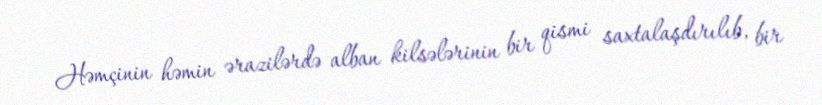
Həmçinin həmin ərazilərdə alban kilsələrinin bir qismi saxtalaşdırılıb, bir